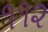
૧૧૨